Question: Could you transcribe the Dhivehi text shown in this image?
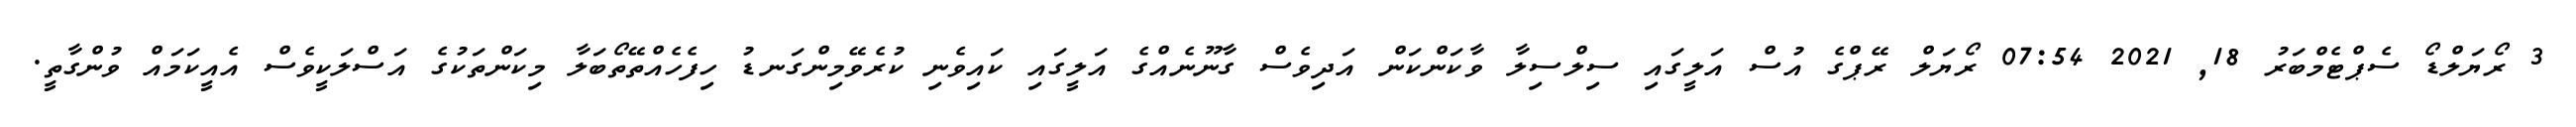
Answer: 3 ރޯޔަލްޑޯ ސެޕްޓެމްބަރު 18, 2021 07:54 ރޯޔަލް ރޭޕްގެ އުސް އަލީގައި ސިލްސިލާ ވާކަންކަން އަދިވެސް ގާނޫނެއްގެ އަލީގައި ކައިވެނި ކުރެވޭމިންގަނޑު ހިފެހެއްތޭތޯބަލާ މިކަންތަކުގެ އަސްލަކީވެސް އެއީކަމައް ވުންގާތީ.